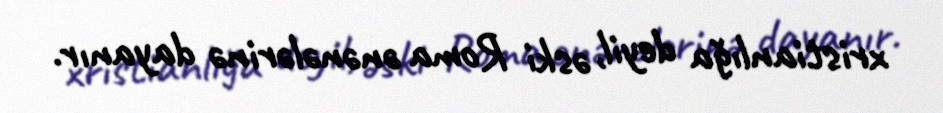
xristianlığa deyil, əski Roma ənənələrinə dayanır.